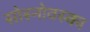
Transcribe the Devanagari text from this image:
सोस्नोवस्का